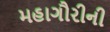
મહાગૌરીની